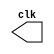
`timescale 1ns / 1ps
module clock (clk);

output clk;
reg clk;

initial begin
clk = 0;
end

always begin
 #100 clk = !clk;
end

endmodule